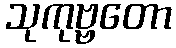
သုကုဗ္ဗတော